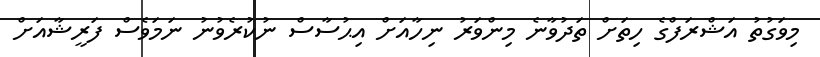
މިވަގުތު އަޝްރަފްގެ ހިތަށް ތަދުވާނެ މިންވަރު ނިހާއަށް އިޙުސާސް ނުކުރެވުނު ނަމަވެސް ފަރީޝާއަށް